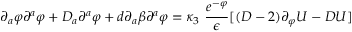
\partial _ { a } \varphi \partial ^ { a } \varphi + D _ { a } \partial ^ { a } \varphi + d \partial _ { a } \beta \partial ^ { a } \varphi = \kappa _ { 3 } \, \, \frac { e ^ { - \varphi } } \epsilon [ ( D - 2 ) \partial _ { \varphi } U - D U ]